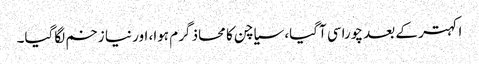
اکہتر کے بعد چوراسی آگیا، سیاچن کا محاذ گرم ہوا، اور نیا زخم لگاگیا۔